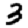
Digit: 3